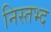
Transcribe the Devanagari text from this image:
निस्तभ्द